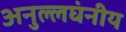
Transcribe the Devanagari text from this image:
अनुल्लघंनीय